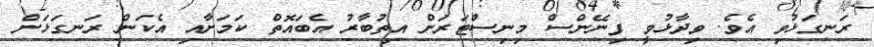
ރަނގަޅުވި އެވެ. ވިދާޅުވީ ފިނޭންސް މިނިސްޓަރަށް އިތުބާރު އެބައޮތް ކަމަށާއި އެކަން ރަނގަޅަށް